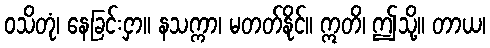
ဝသိတုံ၊ နေခြင်းငှာ။ နသက္ကာ၊ မတတ်နိုင်။ ဣတိ၊ ဤသို့။ တာယ၊